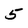
Character: 5